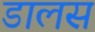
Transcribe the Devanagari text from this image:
डालस